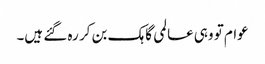
عوام تو وہی عالمی گاہک بن کر رہ گئے ہیں۔